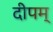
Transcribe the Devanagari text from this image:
दीपम्‌